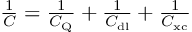
\begin{array} { r } { \frac { 1 } { C } = \frac { 1 } { C _ { \mathrm { Q } } } + \frac { 1 } { C _ { \mathrm { d l } } } + \frac { 1 } { C _ { \mathrm { x c } } } } \end{array}